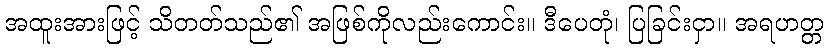
အထူးအားဖြင့် သိတတ်သည်၏ အဖြစ်ကိုလည်းကောင်း။ ဒီပေတုံ၊ ပြခြင်းငှာ။ အရဟတ္တ